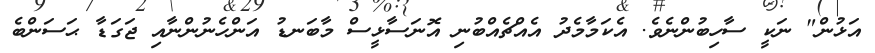
އަޅުން" ނަކީ ސާހިބުންނެވެ. އެކަމާމެދު އެއްޗެއްބުނި އޮނަސާޅީސް މާބަނޑު އަންހެނުންނާއި ޖަގަޑާ ޙަސަންބެ